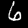
Label: 6